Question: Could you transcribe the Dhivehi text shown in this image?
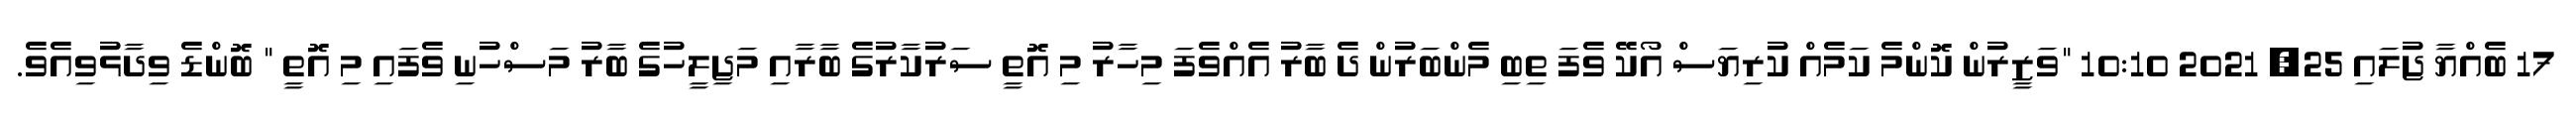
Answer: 17 ބެއްޔާ ޖުލައި 25, 2021 10:10 "ވަޒީރުން ކޮންމެ ކަމެއް ކުރިޔަސް އޯކޭ ވެފަ ތިބި މެންބަރުން ދެ ބާރު އެއްވެފަ މިހާރު މި އޮތީ ސަރުކާރުގެ ބާރާއި މަޖިލީހުގެ ބާރު މަސްހުނި ވެފައި މި އޮތީ " ބޮންޑެ ވިދާޅުވިއެވެ.